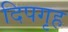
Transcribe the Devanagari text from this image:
दिपगृह